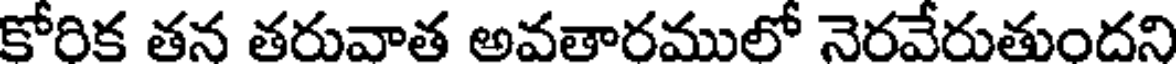
కోరిక తన తరువాత అవతారములో నెరవేరుతుందని